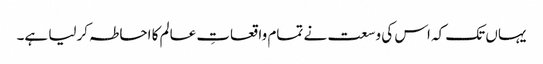
یہاں تک کہ اس کی وسعت نے تمام واقعاتِ عالم کا احاطہ کرلیا ہے۔